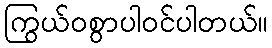
ကြွယ်ဝစွာပါဝင်ပါတယ်။